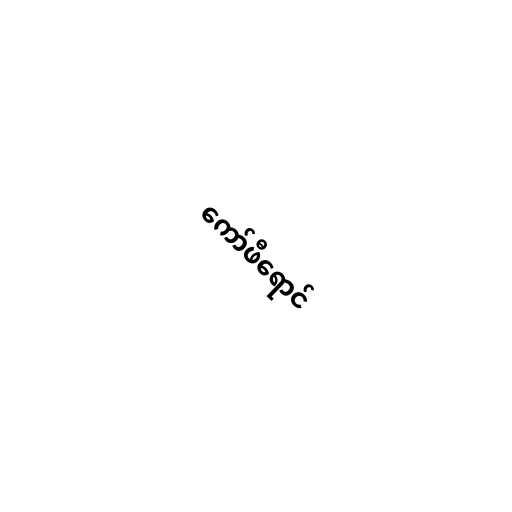
ကော်ဖီရောင်